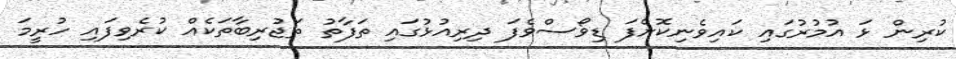
ކުރިން ޅަ އުމުރުގައި ކައިވެނިކޮށްފަ ޑިވޯސްވެފަ ދިރިއުޅުގައި ތަފާތު ތަޖުރިބާތަކެއް ކުރެވިފައި ހުރީމަ